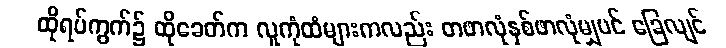
ထိုရပ်ကွက်၌ ထိုခေတ်က လူကုံထံများကလည်း တဖာလုံနှစ်ဖာလုံမျှပင် ခြေလျင်